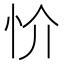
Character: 忦